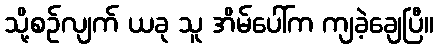
သို့စဉ်လျက် ယခု သူ အိမ်ပေါ်က ကျခဲ့ချေပြီ။